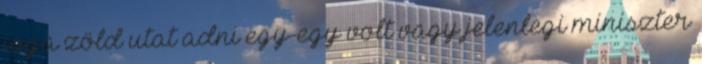
joga zöld utat adni egy-egy volt vagy jelenlegi miniszter